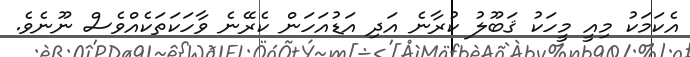
އެކަމަކު މިއީ މީހަކު ޤަބޫލު ކުރާނެ އަދި އަޑުއަހަން ކެރޭނެ ވާހަކަތަކެއްވެސް ނޫނެވެ.